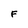
Character: F